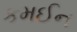
કમઈન